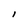
Character: l